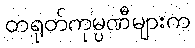
တရုတ်ကုမ္ပဏီများက